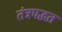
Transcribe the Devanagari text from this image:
तंत्रपद्धत